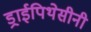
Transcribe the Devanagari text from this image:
ड्राईपिथेसीनी